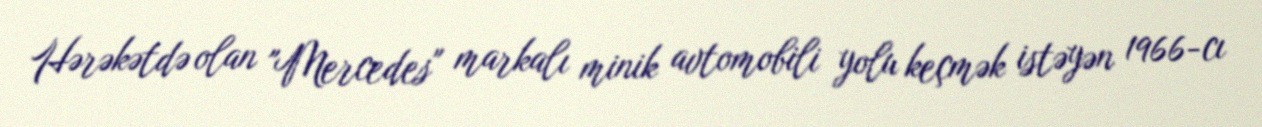
Hərəkətdə olan "Mercedes" markalı minik avtomobili yolu keçmək istəyən 1966-cı